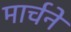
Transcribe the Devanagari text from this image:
मार्चने